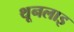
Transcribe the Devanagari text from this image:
थूनलाइ